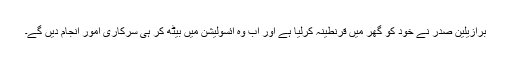
برازیلین صدر نے خود کو گھر میں قرنطینہ کرلیا ہے اور اب وہ آئسولیشن میں بیٹھ کر ہی سرکاری امور انجام دیں گے۔